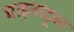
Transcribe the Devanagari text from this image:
चाइनाट्र्स्ट